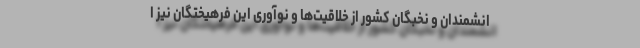
انشمندان و نخبگان کشور از خلاقیت‌‌ها و نوآوری این فرهیختگان نیز ا